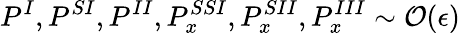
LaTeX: P^{I},P^{SI},P^{II},P_{x}^{SSI},P_{x}^{SII},P_{x}^{III}\sim{\cal O}(\epsilon)